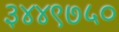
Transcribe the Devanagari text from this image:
३४४९७५०